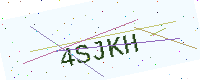
Text: 4SJKH